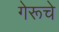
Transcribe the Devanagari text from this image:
गेरूचे